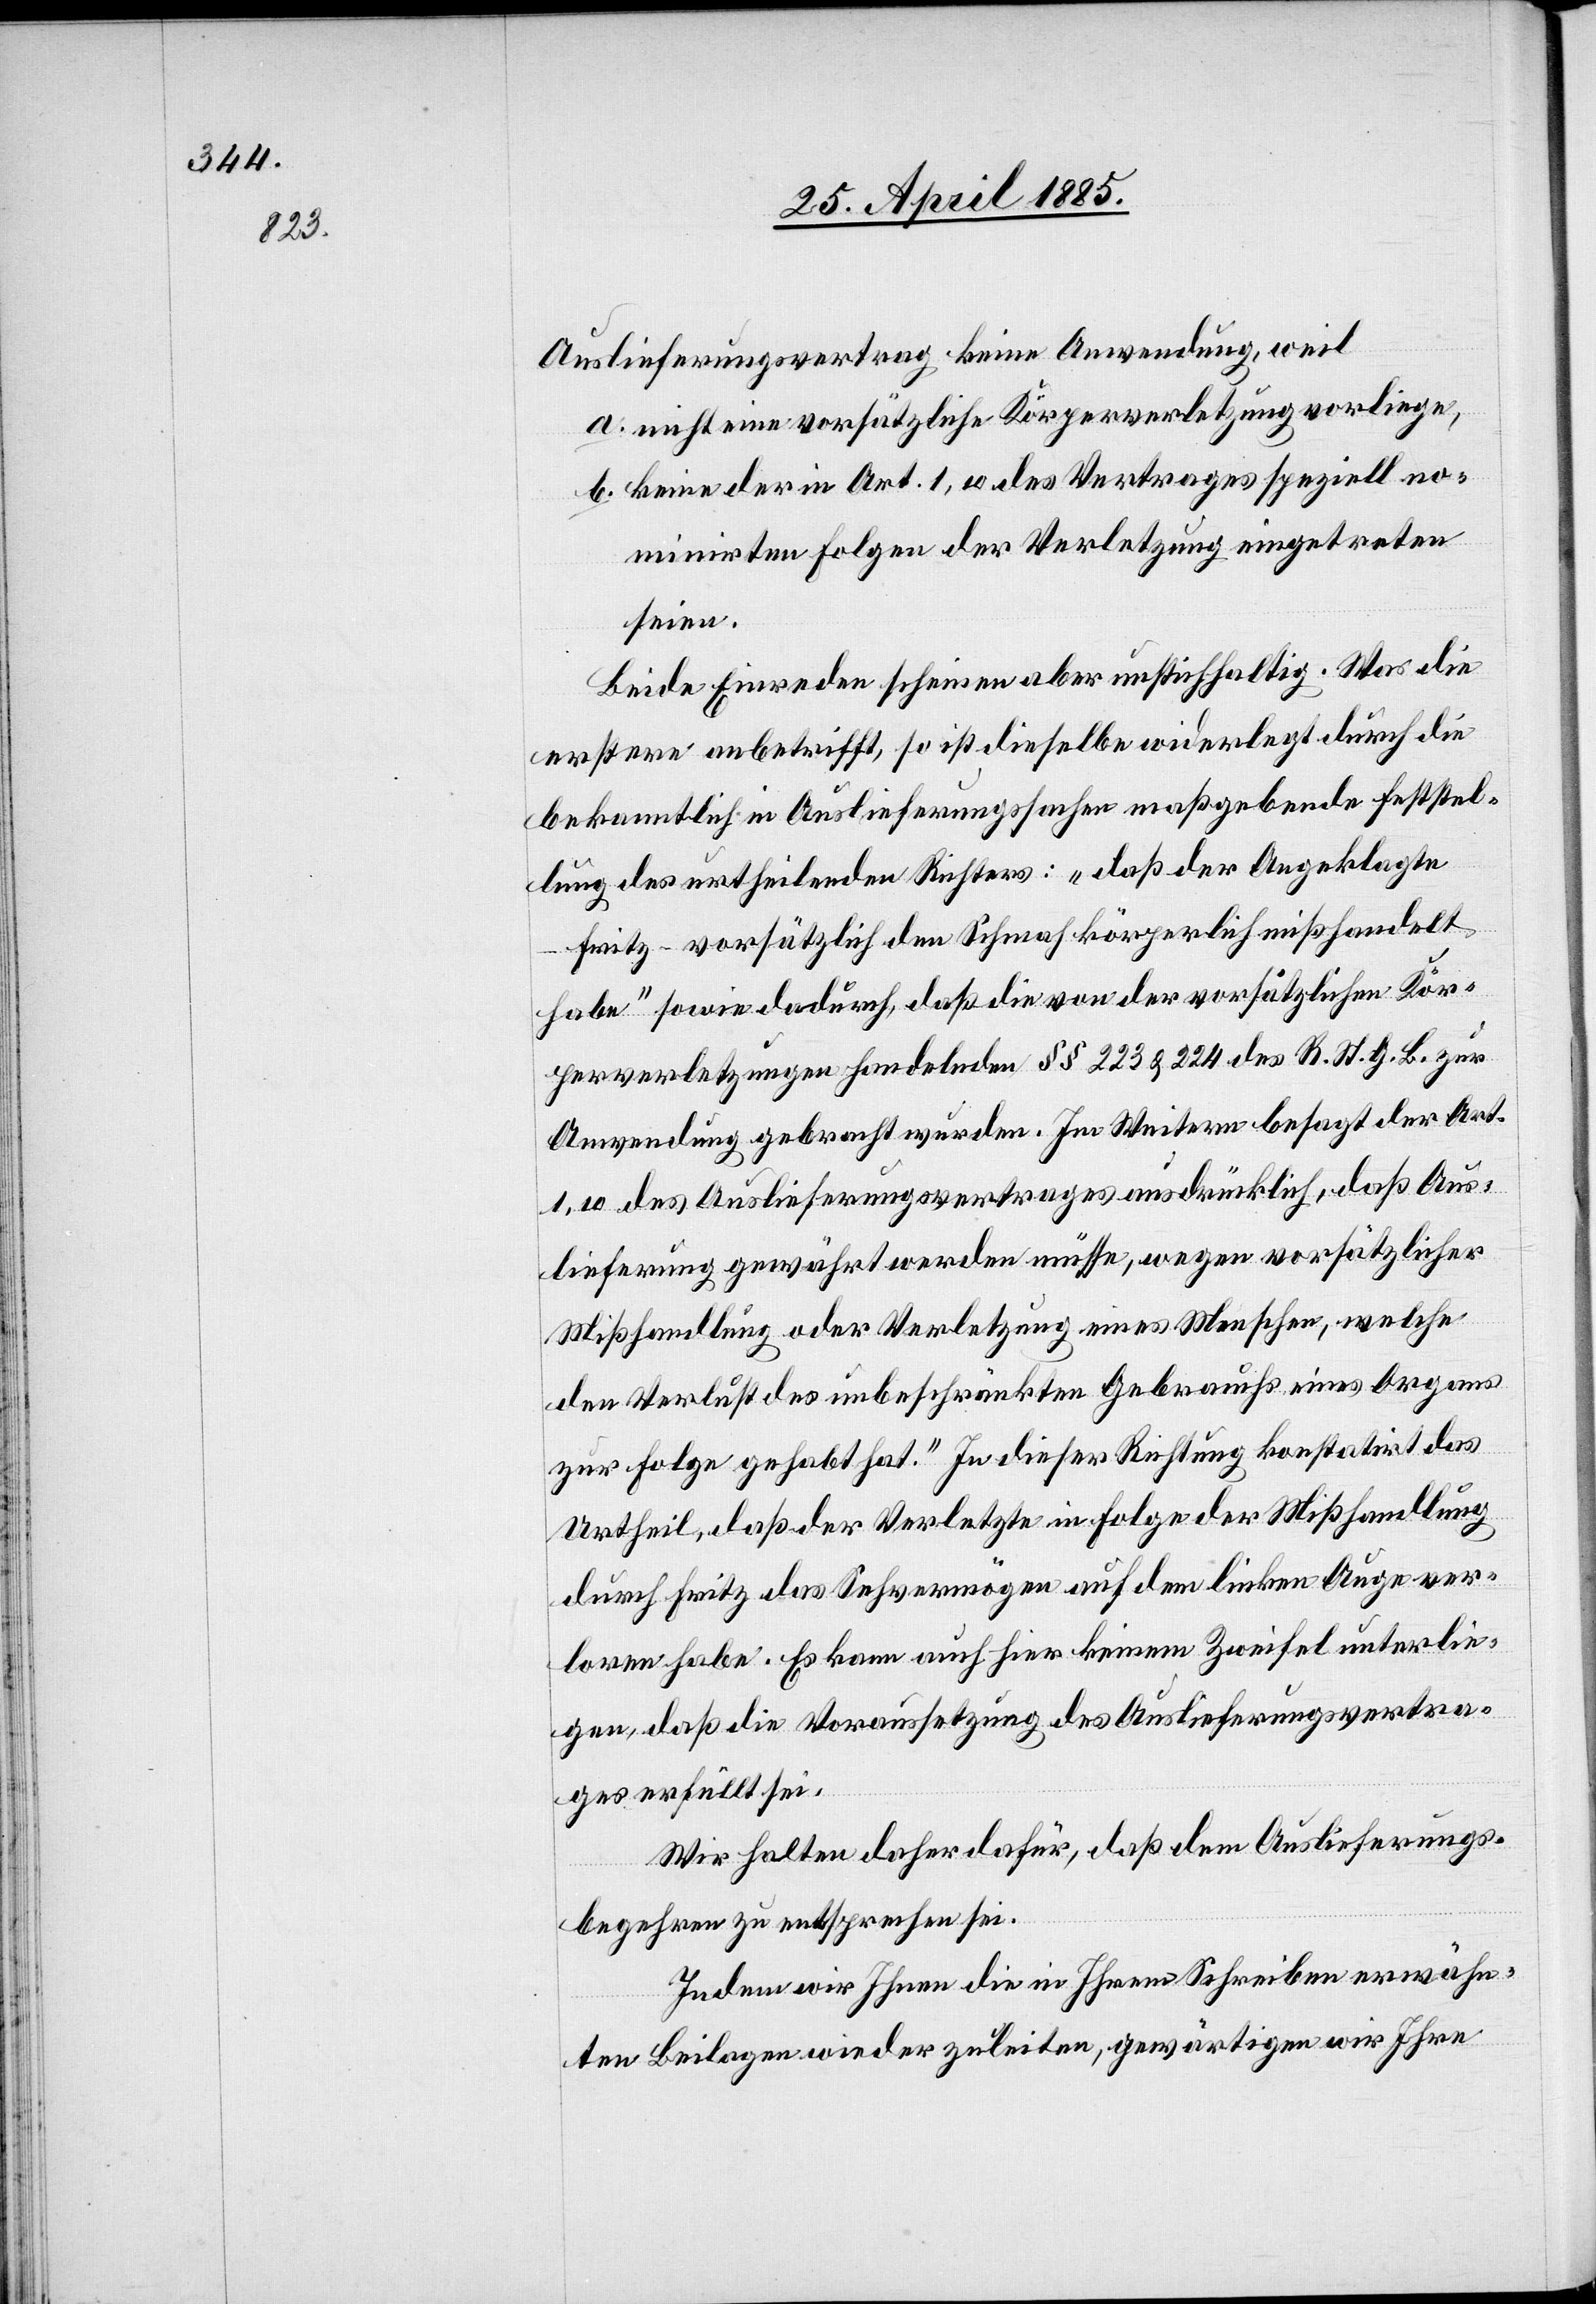
Auslieferungsvertrag keine Anwendung, weil
a. nicht eine vorsätzliche Körperverletzung vorliege,
b. keine der in Art. 1, des Vertrages speziell no¬
minirten Folgen der Verletzung eingetreten
seien.
Beide Einreden scheinen aber unstichhaltig. Was die
erstere anbetrifft, so ist dieselbe widerlegt durch die
bekanntlich in Auslieferungssache maßgebende Feststel¬
lung des ertheilenden Richters: „daß der Angeklagte
Fritz – vorsätzlich den Schmah körperlich mißhandelt
habe“ sowie dadurch, daß die von der vorsätzlichen Kör¬
perverletzungen handelnden §§ 223 & 224 des R. St. G. B. zur
Anwendung gebracht wurden. Im Weitern besagt der Art.
1,10 des Auslieferungsvertrages ausdrücklich, daß „Aus¬
lieferung gewährt werden müsse, wegen vorsätzlicher
Mißhandlung oder Verletzung eines Menschen, welch
den Verlust des unbeschränkten Gebrauchs eines Organs
zur Folge gehabt hat.“ In dieser Richtung konstatirt das
Urtheil, daß der Verletzte in Folge der Mißhandlung
durch Fritz das Sehvermögen auf dem linken Auge ver¬
loren habe. Es kann auch hier keinem Zweifel unterlie¬
gen, daß die Voraussetzung des Auslieferungsvertra¬
ges erfüllt sei.
Wir halten daher dafür, daß dem Auslieferungs¬
begehren zu entsprechen sei.
Indem wir Ihnen die in Ihrem Schreiben erwähn¬
ten Beilagen wieder zuleiten, gewärtigen wir Ihre